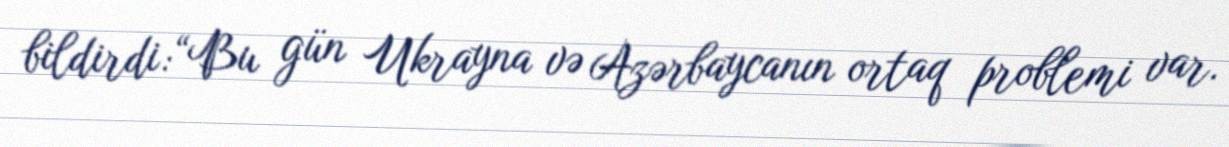
bildirdi:“Bu gün Ukrayna və Azərbaycanın ortaq problemi var.